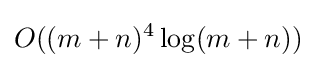
O((m+n)^{4}\log(m+n))